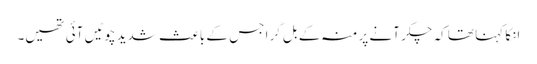
انکا کہنا تھا کہ چکر آنے پر منہ کے بل گرا جس کے باعث شدید چوٹیں آئی تھیں۔